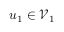
u _ { 1 } \in \mathcal V _ { 1 }